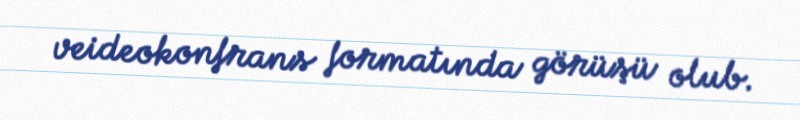
veideokonfrans formatında görüşü olub.